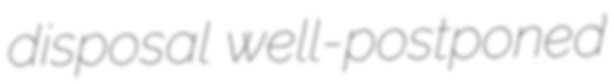
disposal well-postponed